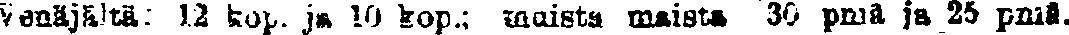
Venäjältä: 12 kop. ja 10 kop.; muista maista 30 pniä ja 25 pniä.